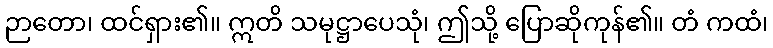
ဉာတော၊ ထင်ရှား၏။ ဣတိ သမုဋ္ဌာပေသုံ၊ ဤသို့ ပြောဆိုကုန်၏။ တံ ကထံ၊